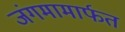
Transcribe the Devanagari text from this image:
जंगमामार्फत